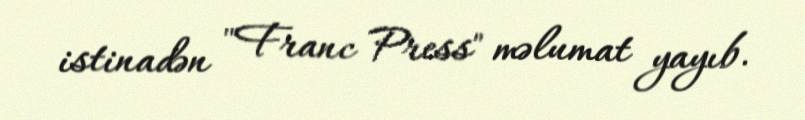
istinadən "Franc Press" məlumat yayıb.